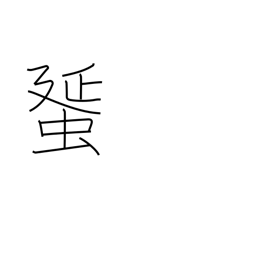
Meaning: egg